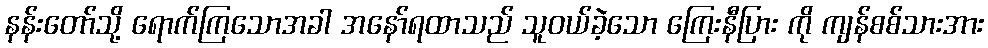
နန်းတော်သို့ ရောက်ကြသောအခါ အနော်ရထာသည် သူဝယ်ခဲ့သော ကြေးနီပြား ကို ကျန်စစ်သားအား